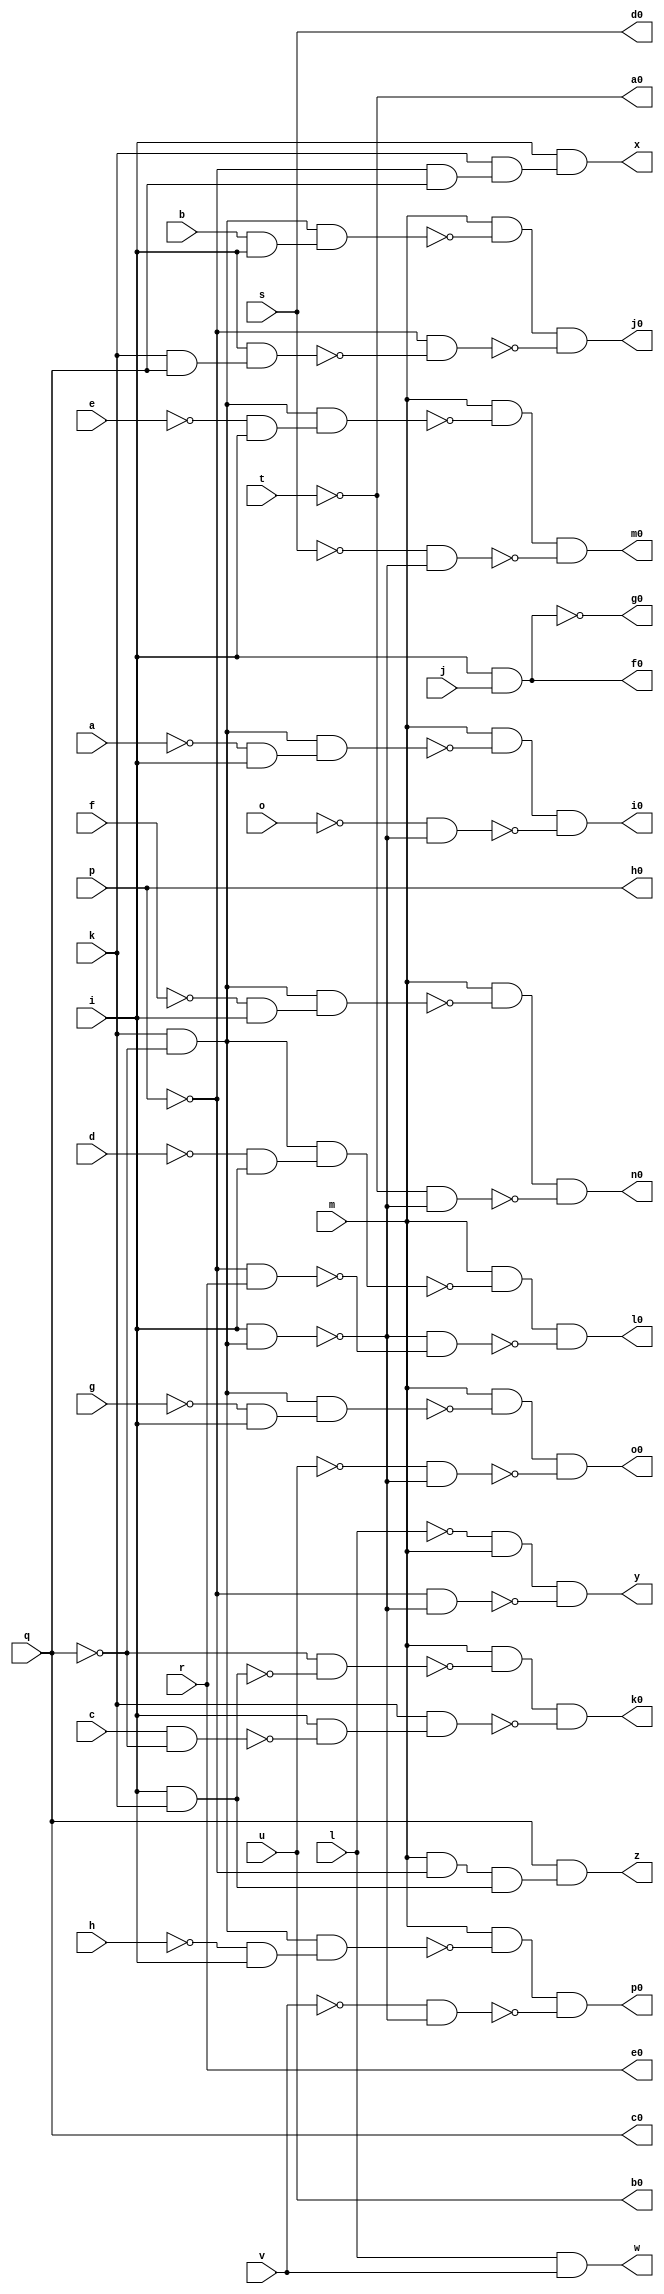
module cc ( 
    a, b, c, d, e, f, g, h, i, j, k, l, m, o, p, q, r, s, t, u, v,
    w, x, y, z, a0, b0, c0, d0, e0, f0, g0, h0, i0, j0, k0, l0, m0, n0, o0,
    p0  );
  input  a, b, c, d, e, f, g, h, i, j, k, l, m, o, p, q, r, s, t, u, v;
  output w, x, y, z, a0, b0, c0, d0, e0, f0, g0, h0, i0, j0, k0, l0, m0, n0,
    o0, p0;
  wire new_n43_, new_n44_, new_n46_, new_n47_, new_n48_, new_n49_, new_n51_,
    new_n52_, new_n53_, new_n56_, new_n57_, new_n58_, new_n59_, new_n61_,
    new_n62_, new_n63_, new_n64_, new_n65_, new_n66_, new_n68_, new_n69_,
    new_n70_, new_n71_, new_n72_, new_n74_, new_n75_, new_n76_, new_n77_,
    new_n78_, new_n80_, new_n81_, new_n82_, new_n83_, new_n85_, new_n86_,
    new_n87_, new_n88_, new_n90_, new_n91_, new_n92_, new_n93_, new_n95_,
    new_n96_, new_n97_, new_n98_;
  assign w = l & v;
  assign new_n43_ = ~p & q;
  assign new_n44_ = k & new_n43_;
  assign x = i & new_n44_;
  assign new_n46_ = k & ~q;
  assign new_n47_ = i & new_n46_;
  assign new_n48_ = ~l & m;
  assign new_n49_ = ~p & ~new_n47_;
  assign y = new_n48_ & ~new_n49_;
  assign new_n51_ = m & ~p;
  assign new_n52_ = i & k;
  assign new_n53_ = new_n51_ & new_n52_;
  assign z = q & new_n53_;
  assign f0 = i & j;
  assign new_n56_ = ~a & i;
  assign new_n57_ = new_n46_ & new_n56_;
  assign new_n58_ = m & ~new_n57_;
  assign new_n59_ = ~o & ~new_n47_;
  assign i0 = new_n58_ & ~new_n59_;
  assign new_n61_ = k & q;
  assign new_n62_ = i & new_n61_;
  assign new_n63_ = b & i;
  assign new_n64_ = new_n46_ & new_n63_;
  assign new_n65_ = m & ~new_n64_;
  assign new_n66_ = ~p & ~new_n62_;
  assign j0 = new_n65_ & ~new_n66_;
  assign new_n68_ = c & ~q;
  assign new_n69_ = ~q & ~new_n52_;
  assign new_n70_ = m & ~new_n69_;
  assign new_n71_ = i & ~new_n68_;
  assign new_n72_ = k & new_n71_;
  assign k0 = new_n70_ & ~new_n72_;
  assign new_n74_ = ~d & i;
  assign new_n75_ = new_n46_ & new_n74_;
  assign new_n76_ = m & ~new_n75_;
  assign new_n77_ = ~p & r;
  assign new_n78_ = ~new_n47_ & ~new_n77_;
  assign l0 = new_n76_ & ~new_n78_;
  assign new_n80_ = ~e & i;
  assign new_n81_ = new_n46_ & new_n80_;
  assign new_n82_ = m & ~new_n81_;
  assign new_n83_ = ~s & ~new_n47_;
  assign m0 = new_n82_ & ~new_n83_;
  assign new_n85_ = ~f & i;
  assign new_n86_ = new_n46_ & new_n85_;
  assign new_n87_ = m & ~new_n86_;
  assign new_n88_ = ~t & ~new_n47_;
  assign n0 = new_n87_ & ~new_n88_;
  assign new_n90_ = ~g & i;
  assign new_n91_ = new_n46_ & new_n90_;
  assign new_n92_ = m & ~new_n91_;
  assign new_n93_ = ~u & ~new_n47_;
  assign o0 = new_n92_ & ~new_n93_;
  assign new_n95_ = ~h & i;
  assign new_n96_ = new_n46_ & new_n95_;
  assign new_n97_ = m & ~new_n96_;
  assign new_n98_ = ~v & ~new_n47_;
  assign p0 = new_n97_ & ~new_n98_;
  assign a0 = ~t;
  assign g0 = ~f0;
  assign b0 = u;
  assign c0 = q;
  assign d0 = s;
  assign e0 = r;
  assign h0 = p;
endmodule